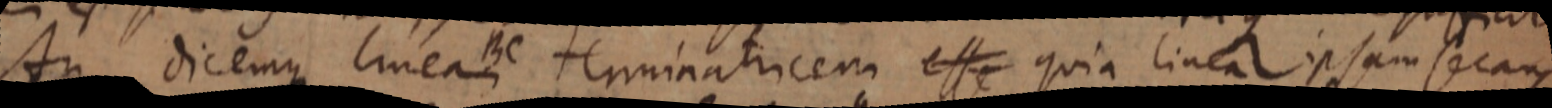
An dicemus lineam terminatricem esse quia linea ipsam secans